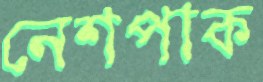
নেশপাক